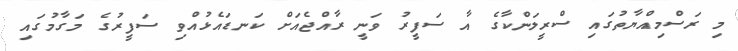
މި ރަސްމިއްޔާތުގައި ސްރީލަންކާގެ އާ ސަފީރު ވަނީ ރާއްޖެއަށް ކަނޑައެޅުއްވި ސަފީރުގެ މަގާމުގައި